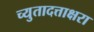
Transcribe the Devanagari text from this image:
च्युतादत्ताक्षरा